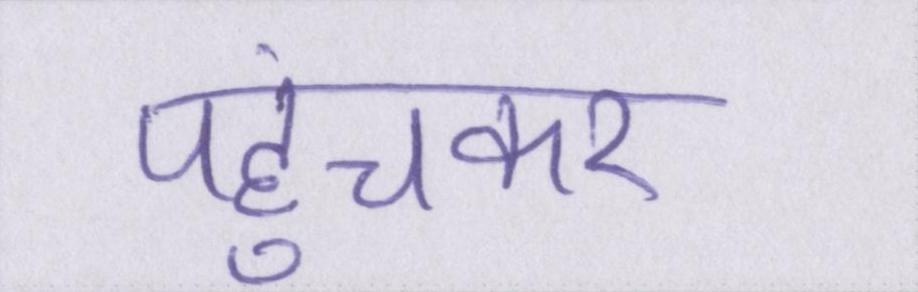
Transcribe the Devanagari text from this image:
पहुंचकर